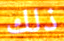
ذلك